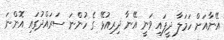
އޭނާއަށް ހަމަލާ ދީފައި ވަނީ އޭނާ ދިރިއުޅޭ ގެ ހުންނަ ސަރައްދުގައި އޮންނަ